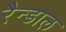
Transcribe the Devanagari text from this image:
रैन्डाल